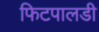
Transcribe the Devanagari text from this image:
फिटपालडी